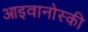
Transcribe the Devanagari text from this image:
आइवानोस्की